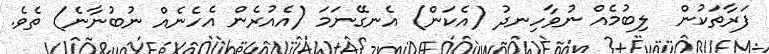
ފަރާތަކުން  ލިބުމެއް ނުވާހިނދު (އެކަން) އެނގޭނަމަ (އެއުރެން އެހެނެއް ނުބުނާނެ) ތެވެ.